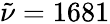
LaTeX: \tilde{\nu}=1681